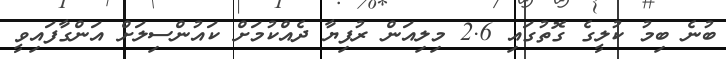
ބުނެ ބިމު ކުލީގެ ގޮތުގައި 2.6 މިލިއަން ރުފިޔާ ދެއްކުމަށް ކައުންސިލަށް އަންގާފައިވީ